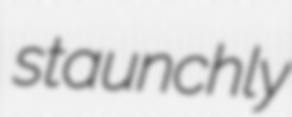
staunchly